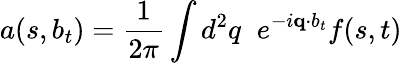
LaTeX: a(s,b_{t})=\frac{1}{2\pi}\int d^{2}q\; \; e^{-i{\mathbf q\cdot b_{t}}}f(s,t)